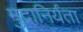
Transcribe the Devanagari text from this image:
मुद्रानिर्यंता